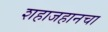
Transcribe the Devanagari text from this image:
शहाजहानचा